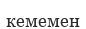
кемемен